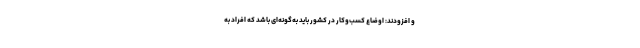
و افزودند: اوضاع کسب‌وکار در کشور باید به‌گونه‌ای باشد که افراد به